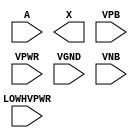
module sky130_fd_sc_hvl__lsbufhv2hv_hl (
    //# {{data|Data Signals}}
    input  A       ,
    output X       ,

    //# {{power|Power}}
    input  LOWHVPWR,
    input  VPB     ,
    input  VPWR    ,
    input  VGND    ,
    input  VNB
);
endmodule